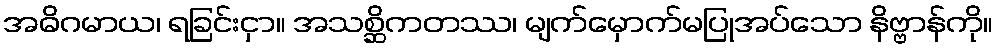
အဓိဂမာယ၊ ရခြင်းငှာ။ အသစ္ဆိကတဿ၊ မျက်မှောက်မပြုအပ်သော နိဗ္ဗာန်ကို။